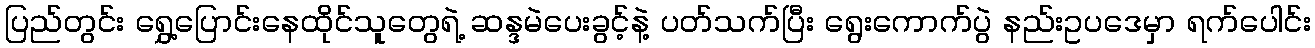
ပြည်တွင်း ရွှေ့ပြောင်းနေထိုင်သူတွေရဲ့ ဆန္ဒမဲပေးခွင့်နဲ့ ပတ်သက်ပြီး ရွေးကောက်ပွဲ နည်းဥပဒေမှာ ရက်ပေါင်း